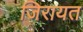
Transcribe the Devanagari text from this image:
जिरायत